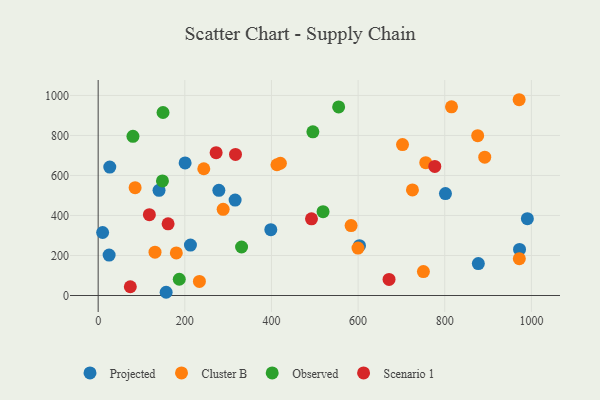
{"axis": {"x": "Distance", "y": "Fuel Efficiency"}, "legend": ["Cluster B", "Observed", "Projected", "Scenario 1"], "data": [{"x": "200.7", "y": 662.7, "type": "Projected"}, {"x": "25.3", "y": 201.9, "type": "Projected"}, {"x": "316.1", "y": 477.2, "type": "Projected"}, {"x": "398.5", "y": 329.0, "type": "Projected"}, {"x": "801.6", "y": 509.4, "type": "Projected"}, {"x": "990.7", "y": 384.2, "type": "Projected"}, {"x": "213.0", "y": 252.2, "type": "Projected"}, {"x": "877.5", "y": 159.6, "type": "Projected"}, {"x": "278.6", "y": 525.9, "type": "Projected"}, {"x": "10.3", "y": 315.0, "type": "Projected"}, {"x": "26.8", "y": 642.0, "type": "Projected"}, {"x": "603.2", "y": 248.9, "type": "Projected"}, {"x": "972.6", "y": 230.3, "type": "Projected"}, {"x": "140.5", "y": 525.6, "type": "Projected"}, {"x": "156.9", "y": 16.1, "type": "Projected"}, {"x": "599.7", "y": 236.9, "type": "Cluster B"}, {"x": "876.0", "y": 798.8, "type": "Cluster B"}, {"x": "750.7", "y": 119.4, "type": "Cluster B"}, {"x": "971.7", "y": 978.7, "type": "Cluster B"}, {"x": "180.4", "y": 212.7, "type": "Cluster B"}, {"x": "243.8", "y": 633.7, "type": "Cluster B"}, {"x": "131.2", "y": 216.8, "type": "Cluster B"}, {"x": "815.6", "y": 943.2, "type": "Cluster B"}, {"x": "85.3", "y": 538.9, "type": "Cluster B"}, {"x": "233.7", "y": 70.3, "type": "Cluster B"}, {"x": "583.8", "y": 349.5, "type": "Cluster B"}, {"x": "972.1", "y": 183.9, "type": "Cluster B"}, {"x": "288.5", "y": 430.9, "type": "Cluster B"}, {"x": "725.4", "y": 527.9, "type": "Cluster B"}, {"x": "892.3", "y": 691.6, "type": "Cluster B"}, {"x": "756.1", "y": 664.1, "type": "Cluster B"}, {"x": "420.6", "y": 661.0, "type": "Cluster B"}, {"x": "412.7", "y": 653.7, "type": "Cluster B"}, {"x": "702.5", "y": 754.6, "type": "Cluster B"}, {"x": "555.1", "y": 942.6, "type": "Observed"}, {"x": "149.7", "y": 914.9, "type": "Observed"}, {"x": "331.0", "y": 242.5, "type": "Observed"}, {"x": "80.3", "y": 795.6, "type": "Observed"}, {"x": "148.4", "y": 573.0, "type": "Observed"}, {"x": "495.6", "y": 818.3, "type": "Observed"}, {"x": "187.2", "y": 81.3, "type": "Observed"}, {"x": "519.1", "y": 419.2, "type": "Observed"}, {"x": "317.0", "y": 705.0, "type": "Scenario 1"}, {"x": "272.3", "y": 713.9, "type": "Scenario 1"}, {"x": "74.2", "y": 43.7, "type": "Scenario 1"}, {"x": "671.4", "y": 80.3, "type": "Scenario 1"}, {"x": "118.2", "y": 404.0, "type": "Scenario 1"}, {"x": "161.4", "y": 358.5, "type": "Scenario 1"}, {"x": "492.4", "y": 383.2, "type": "Scenario 1"}, {"x": "777.0", "y": 645.1, "type": "Scenario 1"}]}